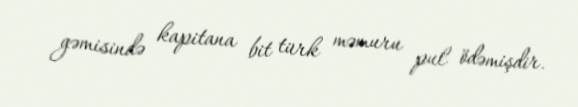
gəmisində kapitana bit türk məmuru pul ödəmişdir.